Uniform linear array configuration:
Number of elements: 16
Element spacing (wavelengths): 0.5
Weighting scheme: hamming
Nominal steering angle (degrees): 15
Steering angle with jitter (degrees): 13.288
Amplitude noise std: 0.05
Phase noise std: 0.05

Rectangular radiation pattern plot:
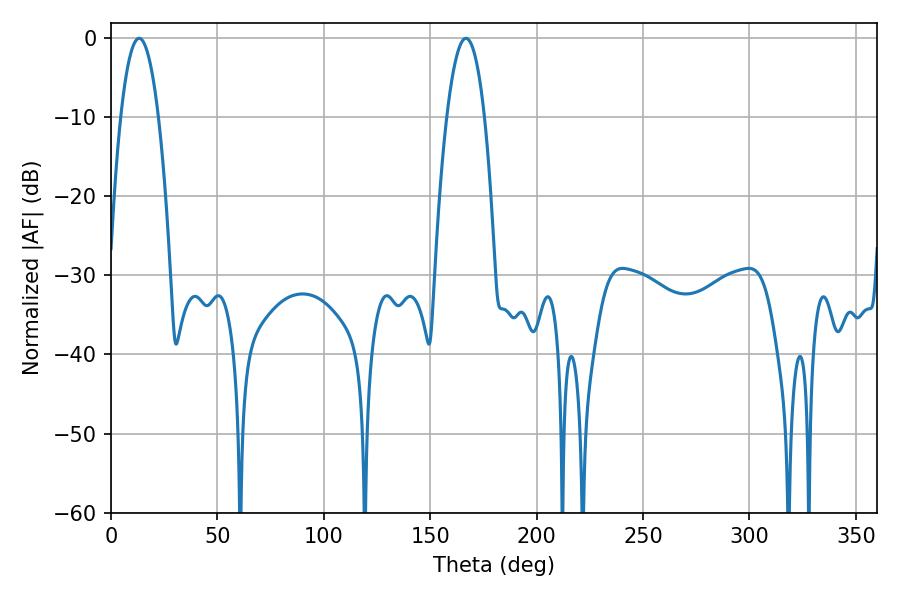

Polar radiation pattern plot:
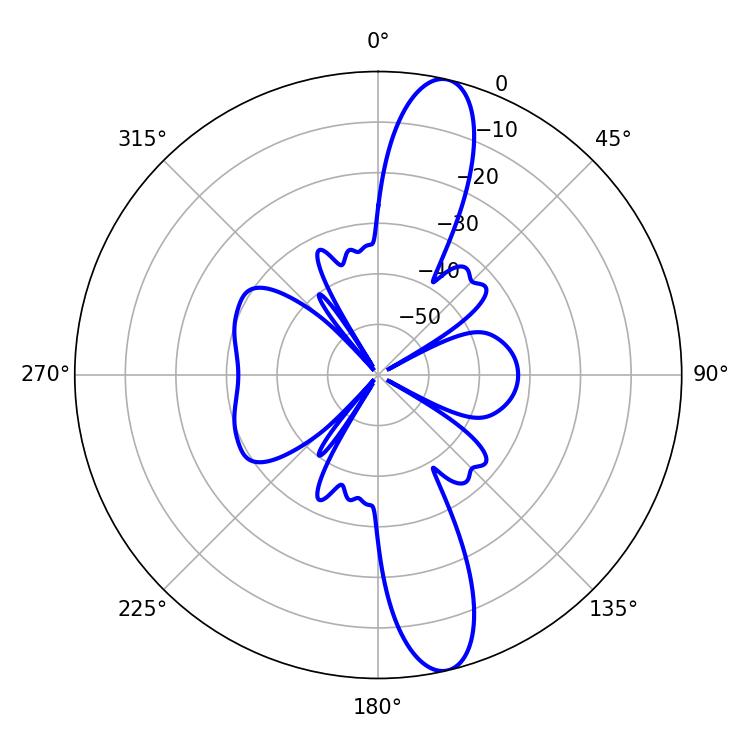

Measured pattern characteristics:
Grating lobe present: FALSE
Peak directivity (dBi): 13.788
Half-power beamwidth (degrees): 9.72
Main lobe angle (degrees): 13.14